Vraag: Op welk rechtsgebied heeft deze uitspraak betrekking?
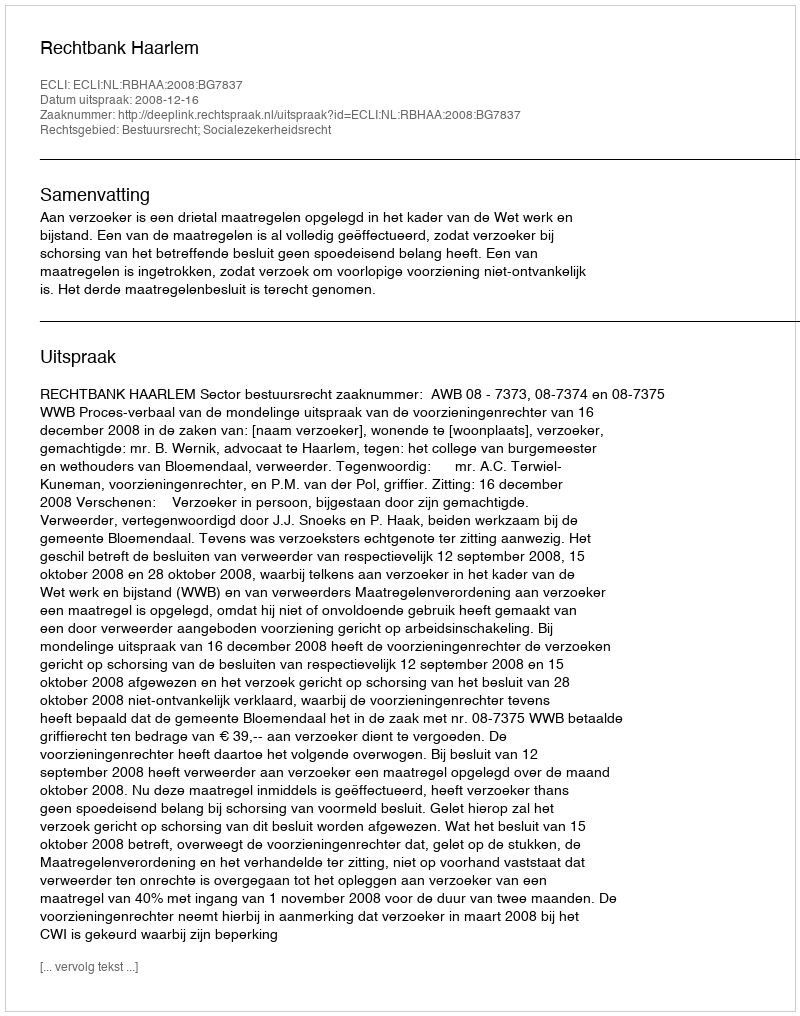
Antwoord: Bestuursrecht; Socialezekerheidsrecht